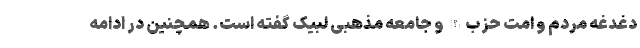
دغدغه مردم و امت حزب‌الله و جامعه مذهبی لبیک گفته است. همچنین در ادامه